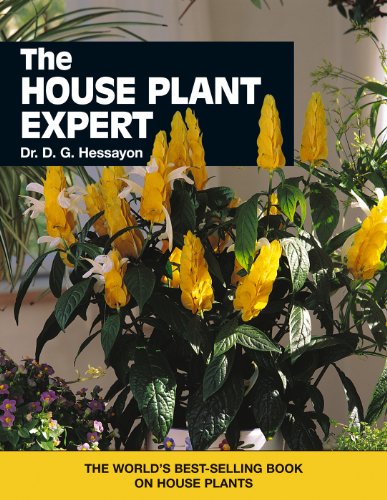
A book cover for The House Plant Expert; D.G. Hessayon; Crafts, Hobbies & Home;